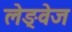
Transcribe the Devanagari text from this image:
लेङ्वेज